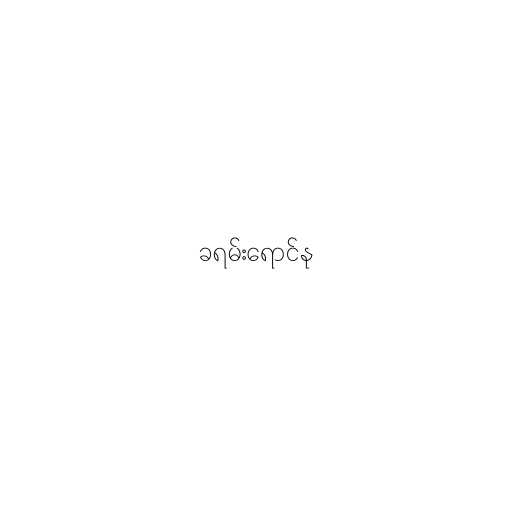
ခရမ်းရောင်နု